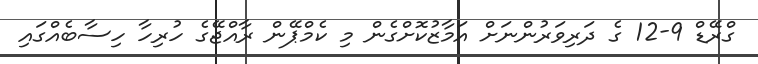
ގްރޭޑް 9-12 ގެ ދަރިވަރުންނަށް އަމާޒުކޮށްގެން މި ކެމްޕޭން ރާއްޖޭގެ ހުރިހާ ހިސާބެއްގައި